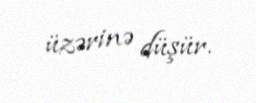
üzərinə düşür.